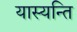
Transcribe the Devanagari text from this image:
यास्यन्ति